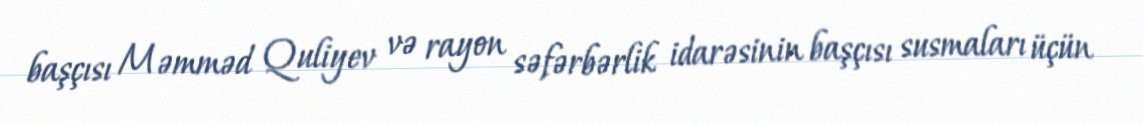
başçısı Məmməd Quliyev və rayon səfərbərlik idarəsinin başçısı susmaları üçün